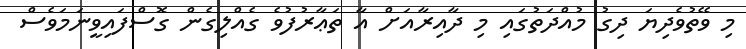
މި ވޭތުވެދިޔަ ދިގު މުއްދަތުގައި މި ދާއިރާއަށް އާ ތަޢާރުފުވެ ގެއްލިގެން ގޮސްފައިވީނަމަވެސް